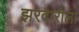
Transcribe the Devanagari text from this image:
झरदारीला